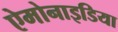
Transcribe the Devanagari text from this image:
ऐमोनाइडिया